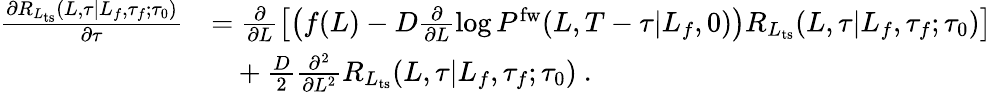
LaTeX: \begin{array}{rl}{\frac{\partial R_{L_{\mathrm{ts}}}(L,\tau|L_{f},\tau_{f};\tau_{0})}{\partial\tau}}&{=\frac{\partial}{\partial L}\left[\left(f(L)-D\frac{\partial}{\partial L}\log P^{\mathrm{fw}}(L,T-\tau|L_{f},0)\right)R_{L_{\mathrm{ts}}}(L,\tau|L_{f},\tau_{f};\tau_{0})\right]}\\ &{\ \ \ +\frac{D}{2}\frac{\partial^{2}}{\partial L^{2}}R_{L_{\mathrm{ts}}}(L,\tau|L_{f},\tau_{f};\tau_{0})\ .}\end{array}